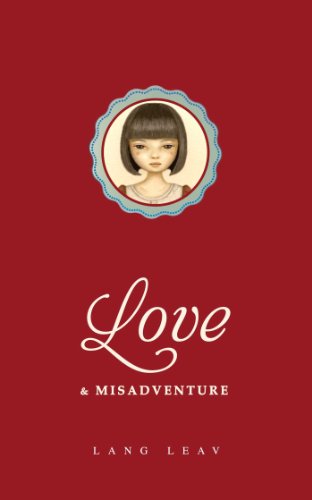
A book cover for Love & Misadventure; Lang Leav; Romance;